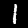
Digit: 1